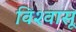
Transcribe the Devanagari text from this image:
विश्‍वासू